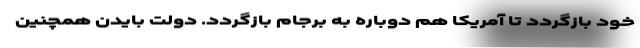
خود بازگردد تا آمریکا هم دوباره به برجام بازگردد. دولت بایدن همچنین